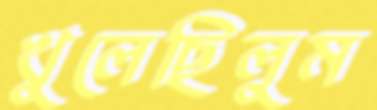
খুলেছিলুম